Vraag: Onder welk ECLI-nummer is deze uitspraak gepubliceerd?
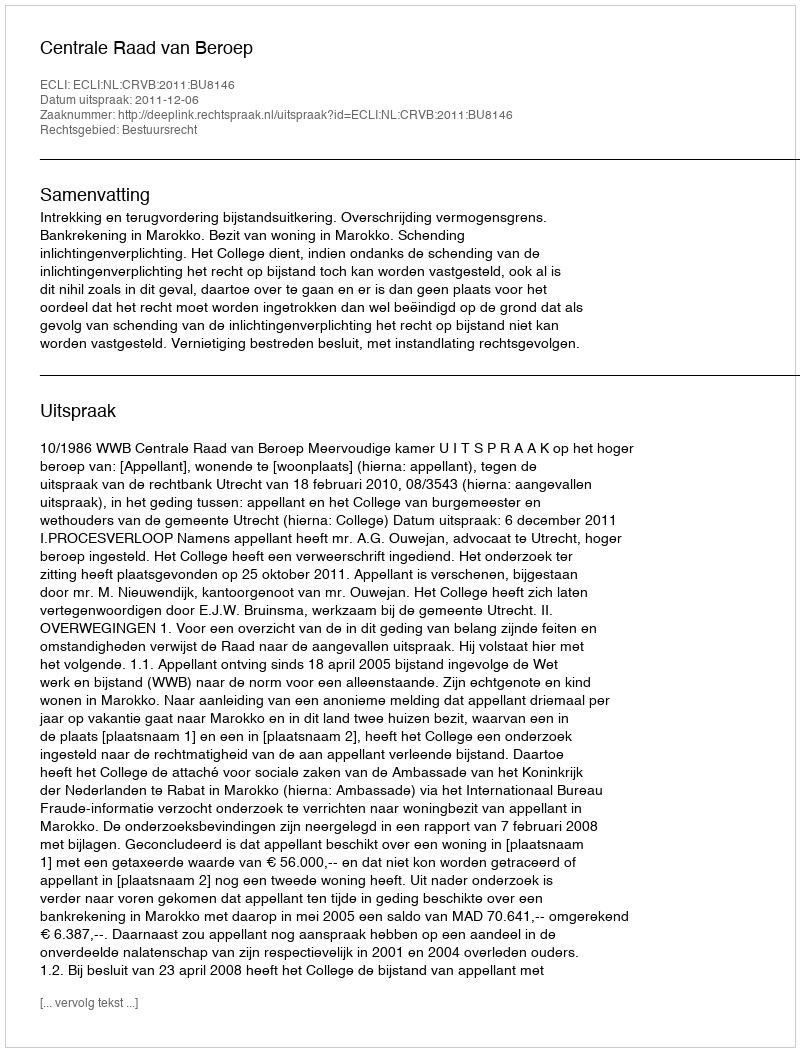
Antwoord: ECLI:NL:CRVB:2011:BU8146